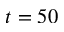
t = 5 0